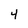
Character: 4